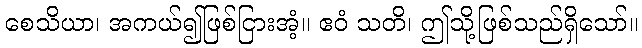
စေသိယာ၊ အကယ်၍ဖြစ်ငြားအံ့။ ဧဝံ သတိ၊ ဤသို့ဖြစ်သည်ရှိသော်။